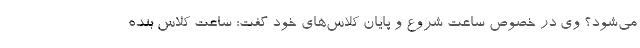
می‌شود؟ وی در خصوص ساعت شروع و پایان کلاس‌های خود گفت: ساعت کلاس بنده